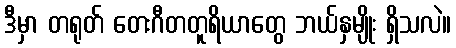
ဒီမှာ တရုတ် တေးဂီတတူရိယာတွေ ဘယ်နှမျိုး ရှိသလဲ။